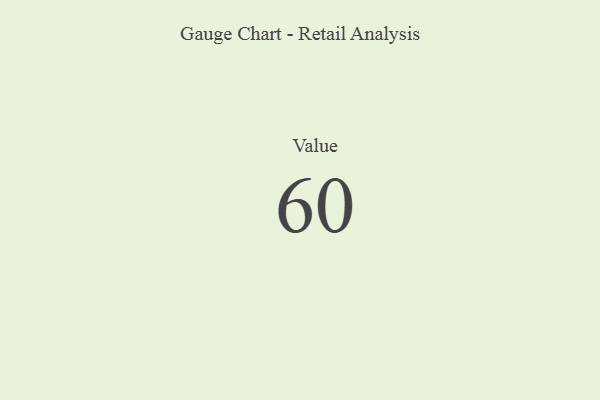
{"axis": {"x": "Metric", "y": "Value"}, "legend": [""], "data": [{"x": "Value", "y": 60, "type": ""}]}